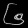
Digit: ၆